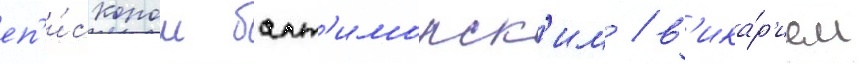
еп'и́скопом балт'иморск'им / в'ика́р'ием